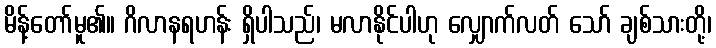
မိန့်တော်မူ၏။ ဂိလာနရဟန်း ရှိပါသည်၊ မလာနိုင်ပါဟု လျှောက်လတ် သော် ချစ်သားတို့၊